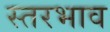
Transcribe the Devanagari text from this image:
स्तरभाव